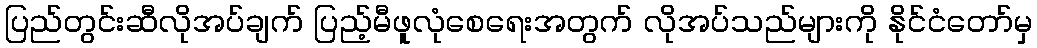
ပြည်တွင်းဆီလိုအပ်ချက် ပြည့်မီဖူလုံစေရေးအတွက် လိုအပ်သည်များကို နိုင်ငံတော်မှ